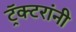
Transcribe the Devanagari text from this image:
ट्रॅक्टरांनी